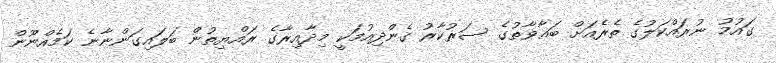
ގައުމު ނުރައްކަލުގެ ތެރެއަށް ބަޣާވާތުގެ ސަރުކާރު ގެންދިއުމަކީ މިދާއިރާގެ ރައްޔިތުން ބަލައިގަންނާނެ ކަމެއްނޫން